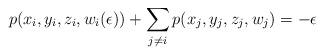
LaTeX: \begin{align*}p(x_i,y_i,z_i,w_i(\epsilon)) + \sum_{j\ne i} p(x_j,y_j,z_j,w_j) = -\epsilon \end{align*}